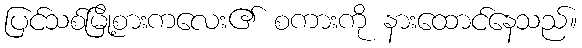
ပြင်သစ်မြို့စားကလေး၏ စကားကို နားထောင်နေသည်။